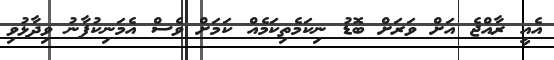
އެއީ ރާއްޖެ އަށް ވަރަށް ބޮޑު ނިކަމެތިކަމެއް ކަމަށް ވެސް އެމަނިކުފާނު ވިދާޅުވި